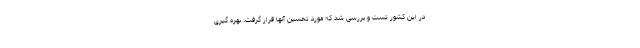
در این کشور تست و بررسی شد که مورد تحسین آنها قرار گرفت. بهره گیری